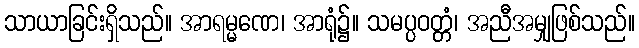
သာယာခြင်းရှိသည်။ အာရမ္မဏေ၊ အာရုံ၌။ သမပ္ပဝတ္တံ၊ အညီအမျှဖြစ်သည်။